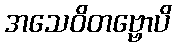
အသေဝိတဗ္ဗောပိ